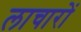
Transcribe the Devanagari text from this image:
लाचारों